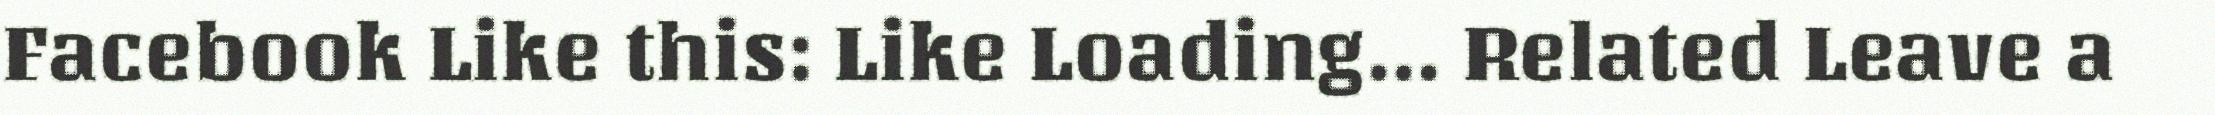
Facebook Like this: Like Loading... Related Leave a